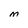
Character: M